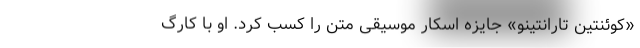
«کوئنتین تارانتینو» جایزه اسکار موسیقی متن را کسب کرد. او با کارگ